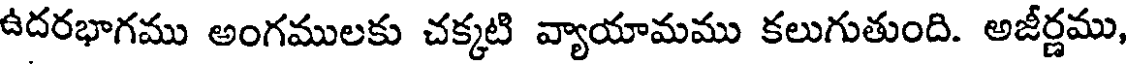
ఉదరభాగము అంగములకు చక్కటి వ్యాయామము కలుగుతుంది. అజీర్ణము,